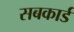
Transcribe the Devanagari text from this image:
सबकार्ड